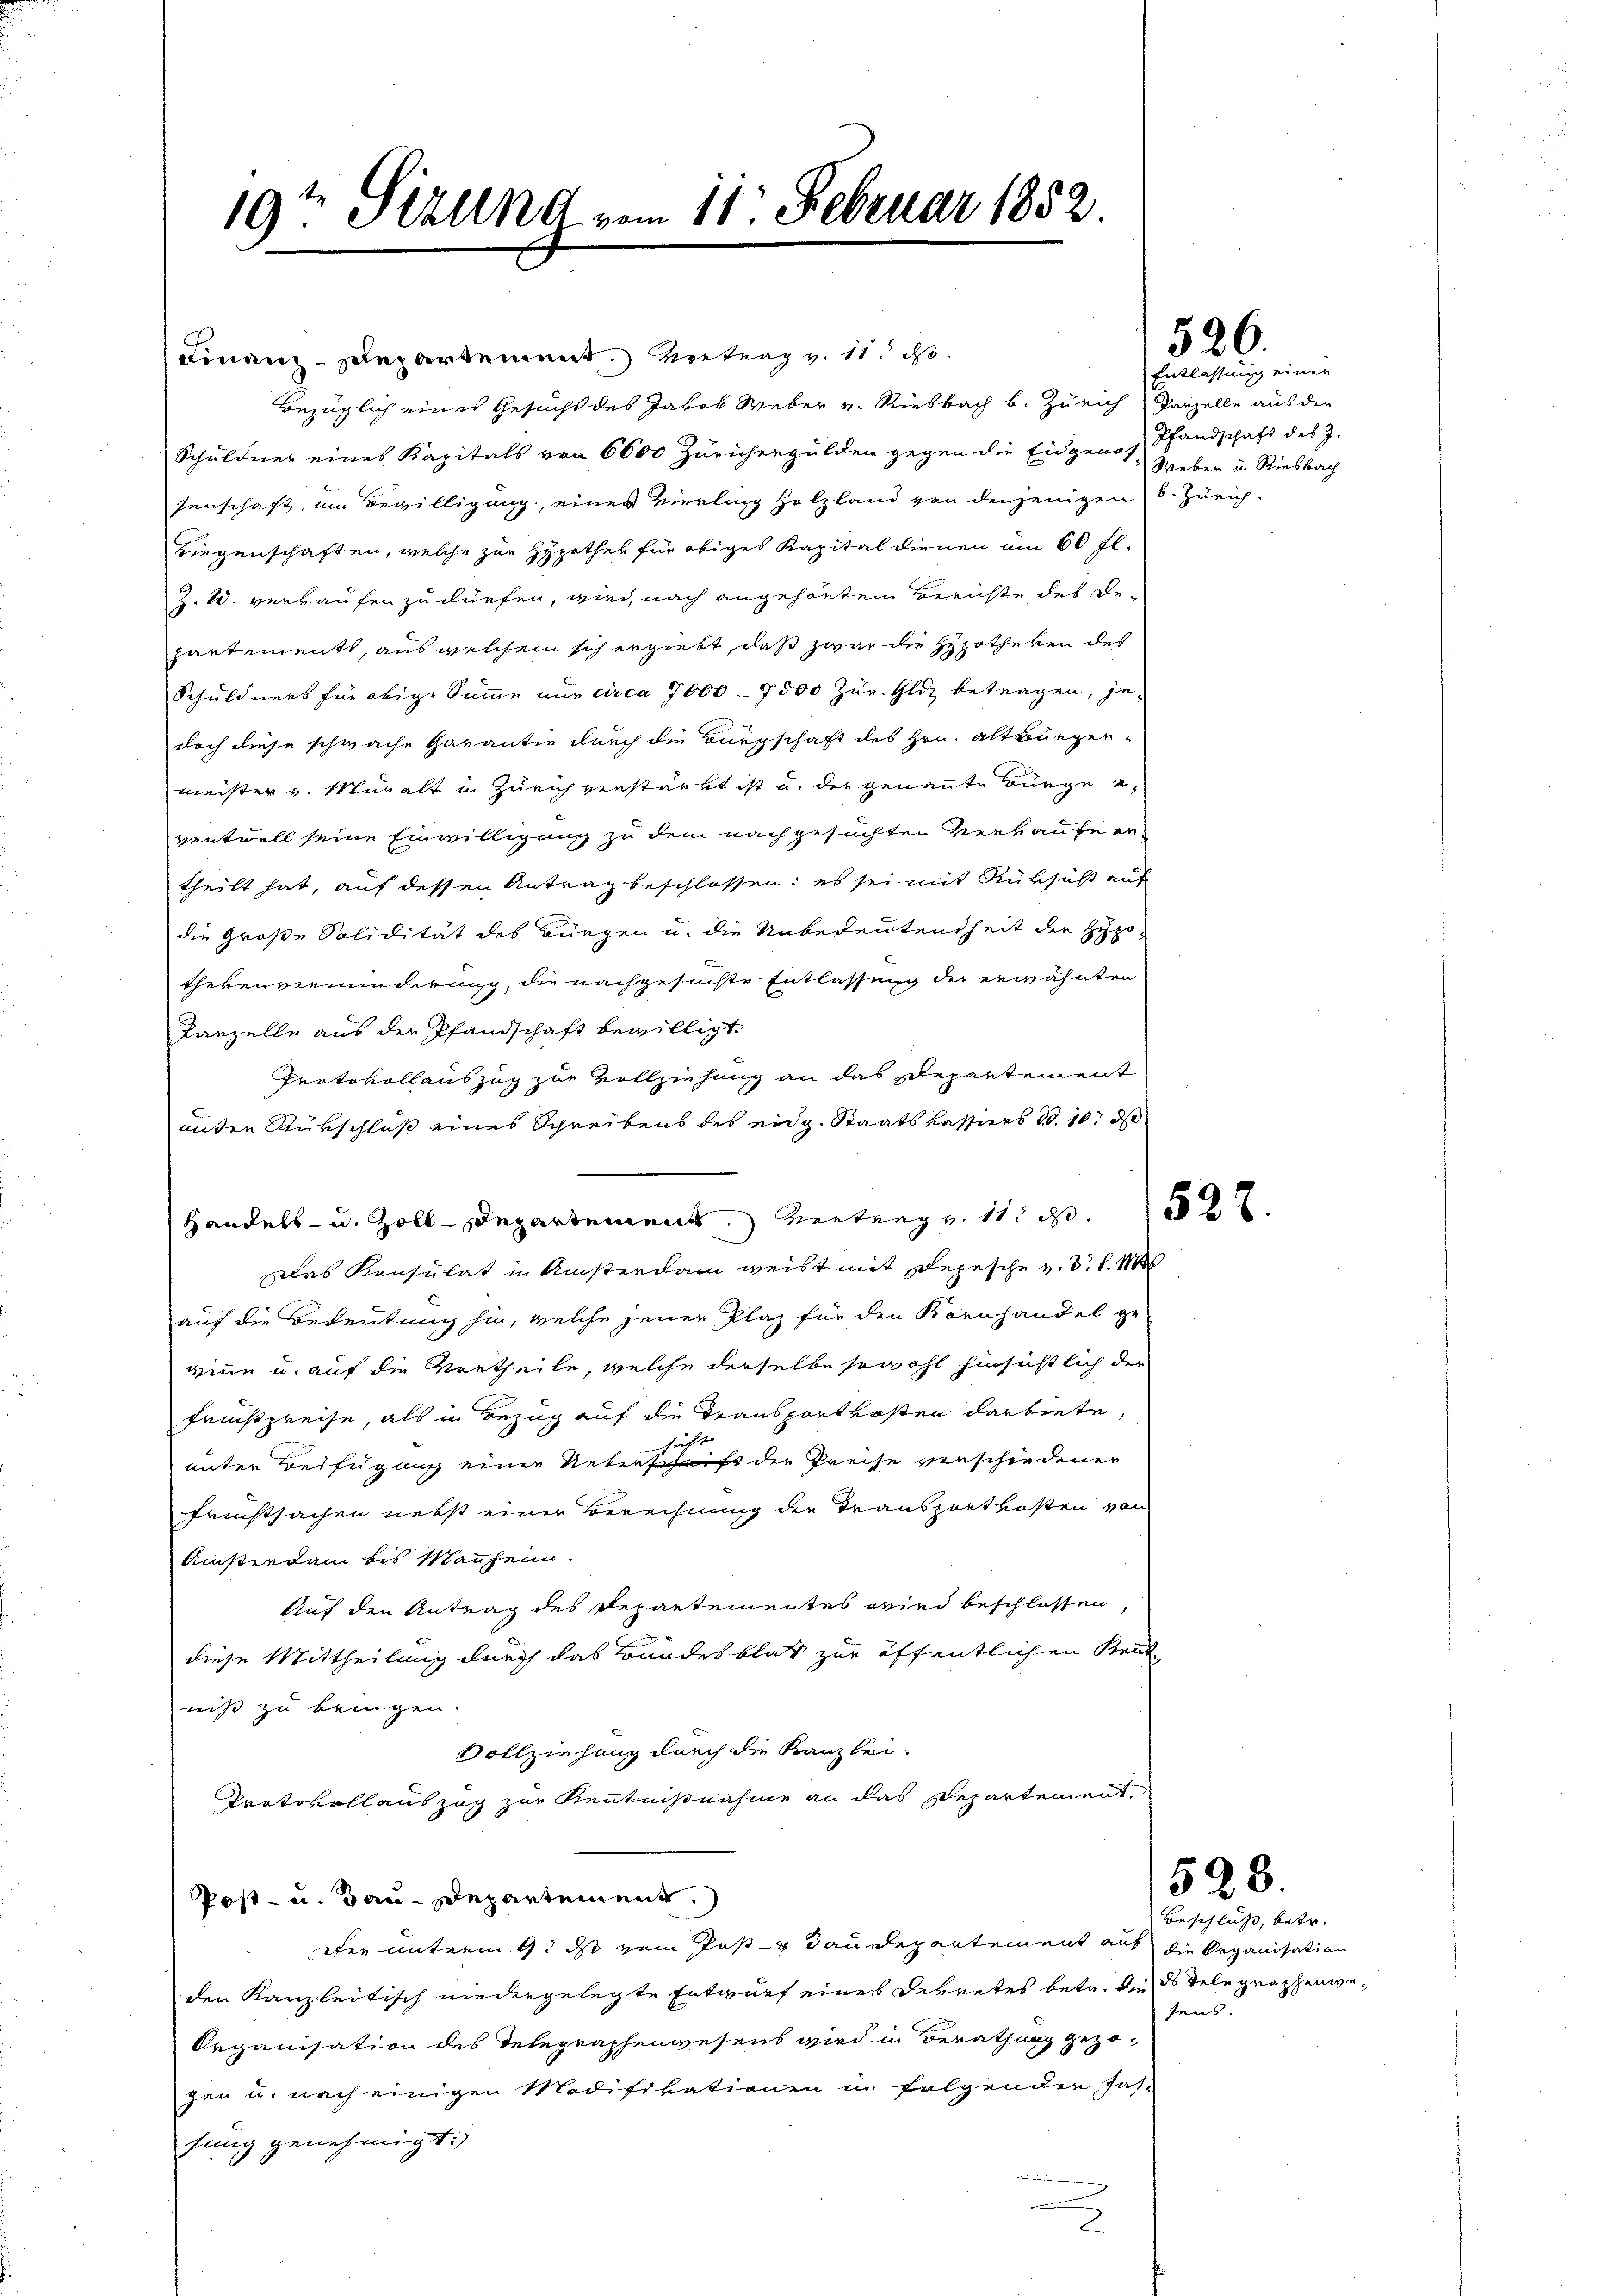
Finanz-Departement retrag v. 11. d.
bezüglich eines Gesucht des Jakob Weber v. Riesbach b. Zürich Panzelle aus den
Schuldner eines Kapitals von 6000 Zürichergulden gegen die Eidgen. Hieben in Riesbach
senschaft, um Bewilligung, einer Vierling Holzland von denjenigen S. Zürich.
Liegenschaften, welche zur Hypothes für obiges Kapital dienen um 60 fl.
Z. 20. verkaufen zu dürfen, wird, nach angehörten Berichte des De-
partements, aus welchem sich ergiebt, daß zwar die Hypotheken des
Schuldners für obige Summe nur circa 7000 - 7500 Zur. Gliz betragen, jedoch diese schwache Garantie durch die Bürgschaft des Hrn. Altburgermeister v. Muralt in Zürich verstärkt ist u. der genannte Bürge e
ventuell seine Einwilligung zu dem nachgesuchten Verkaufe er-
theilt hat, auf dessen Antrag beschlossen: es sei mit Rüksicht auf
die Große Solidität des Bürgen u. die Unbedeutendheit der Hypo-
thekenverminderung, die nachgesuchte Entlassung der erwähnten
Kanzelle aus der Pfandschaft bewilligt
Protokollauszug zur Vollziehung an das Departement
unter Rükschluß eines Schreibens des eidg. Staatskassers 10. 10. d
Handels- u. Zoll-Departement Vertrag v. 11. ds.
Das Konsulat in Ansterdam weist mit Depesche v. d. d. M
auf die Bedeutung hin, welche jener Plaz für den Kornhandel ge-
rine u. auf die Vortheile, welche derselbe sowohl hinsichtlich der
Freßpreise, als in Bezug auf die Transportkosten darbiete,
sicht
unter Beifügung einer Ueberschrift die Preise verschiedener
Fristsachen nebst einer Berechnung der Transportkosten von
Amsterdam bis Mannheim.
Auf den Antrag des Departementes wird beschlossen,
diese Mittheilung durch das Bundesblat zur öffentlichen Krat-
niß zu bringen.
Vollziehung durch die Kanzlei-
Protokollauszug zur Kenntnißnahme an das Departement.
Post- u. Bau-Departement.
dee unterm 9. ds vom Post dan Departement auf die Organisation
den Kanzleitisch niedergelegte Entwurf eines Dekretes betr. die des Telegraphenwe¬
Organisation des Telegraphenwesens wird in Berathung gezogen u. nach einigen Modifikationen in folgenden Jas-
tung genehmigt.

19t Sizung vom 11. Februar 1852.

Pfandschaft des J.

526.
Entlassung einen

528.

528.

Beschluß, betr.
sens